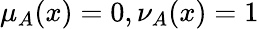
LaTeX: \mu_{A}(x)=0,\nu_{A}(x)=1